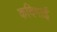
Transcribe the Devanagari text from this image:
कदिगाई